Civil Veterinary Dept. North-West Frontier Province 1923-32 - 1923-1932
Year: 1923
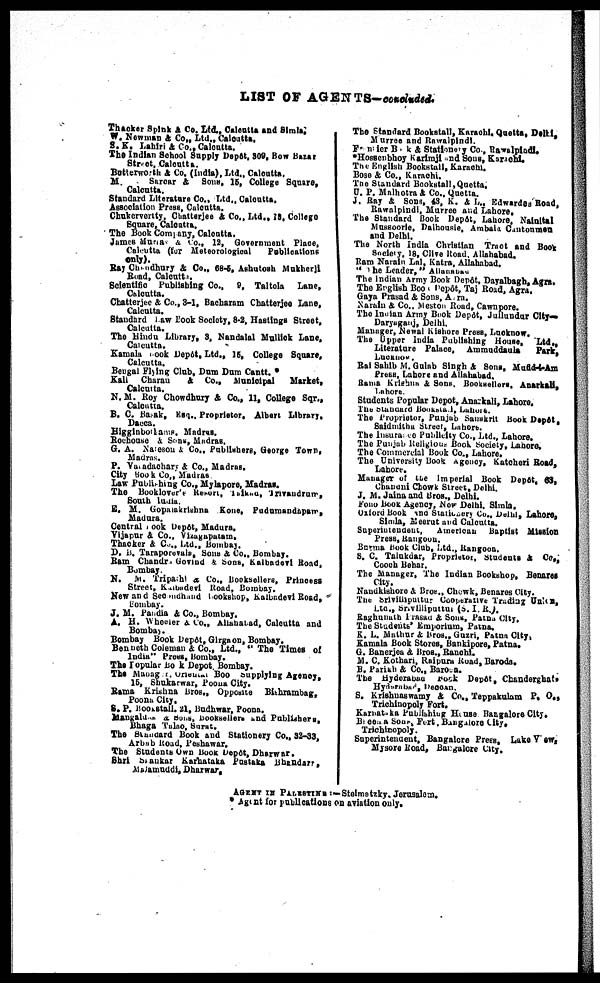
LIST OF AGENTS—concluded.
Thacker Spink & Co. Ltd., Calcutta and Simla,
W. Newman & Co., Ltd., Calcutta.
S. K. Lahiri & Co., Calcutta.
The Indian School Supply Depôt, 309, Bow Bazar
Street, Calcutta.
Butterworth & Co. (India), Ltd., Calcutta.
M.
Saroar & Sons, 15, College Square,
Calcutta.
Standard Literature Co., Ltd., Calcutta.
Association Press, Calcutta.
Chukerverity, Chatterjee & Co., Ltd., 18, College
Square, Calcutta.
The Book Company, Calcutta.
James Maria & Co., 12, Government Place,
Calcutta (for Meteorological
Publications
only).
Ray Chaudhury & Co., 68-5, Ashutosh Mukherji
Road, Calcutta.
Scientific Publishing Co., 9, Taltola Lane,
Calcutta.
Chatterjee & Co., 3-1, Bacharam Chatterjee Lane,
Calcutta.
Standard Law Book Society, 8-2, Hastings Street,
Calcutta.
The Hindu Library, 3, Nandalal Mullick Lane,
Calcutta.
Kamala Book Depôt, Ltd., 15, College Square,
Calcutta.
Bengal Flying Club, Dum Dum Cantt. *
Kali Charan & Co., Municipal
Market,
Calcutta.
N. M. Roy Chowdhury & Co., 11, College Sqr.,
Calcutta.
B. C. Basak, Esq., Proprietor, Albert Library,
Dacca.
Higginborlams, Madras.
Rochouse & Sons, Madras.
G. A. Naresou & Co., Publishers, George Town,
Madras.
P. Varadachary & Co., Madras.
City Book Co., Madras
Law Publishing Co., Mylapore, Madras.
The Booklover's Resort, Taikad, Trivandrum,
South India.
E. M. Gopalakrishna Kone, Pudumandapam,
Madura.
Central Book Depôt, Madura.
Vijapur & Co., Vizagupatam,
Thacker & Co., Ltd., Bombay.
P. B. Taraporevals, Sons & Co., Bombay.
Bam Chandra Govind & Sons, Kalbadevi Road,
Bombay.
N.
M. Tripathi & Co., Booksellers, Princess
Street, Kalbadevi Road, Bombay.
New and Secondhand bookshop, Kalbadevi Road,
Bombay.
J. M. Pandia & Co., Bombay.
A. H. Wheeler & Co., Allahabad, Calcutta and
Bombay.
Bombay Book Depôt, Girgaon, Bombay.
Benneth Coleman & Co., Ltd., "The Times of
India" Press, Bombay.
The popular Book Depot. Bombay.
The Maoag oriental Book supplying Agency,
15, Shukarwar, Poona City.
Rama Krishna Bros., Opposite Bishrambag,
Poona City.
S. P. Bookstall, 21, Budhwar, Poona.
Mangaldas & Sons, Booksellers and Publishers,
Bhaga Tulao, Surat.
The Standard Book and Stationery Co., 32-33,
Arbab Road, Peshawar.
The Students Own Book Depôt, Dharwar.
Shri Shankar Karnataka Pustaka Bhandari,
Malamuddi, Dharwar,
The Standard Bookstall, Karachi, Quetta, Delhi,
Murree and Rawalpindi.
Frontier Book & Stationery Co., Rawalpindi.
*Hossenbhoy Karimji and Sons, Karachi.
The English Bookstall, Karachi.
Bose & Co., Karachi.
The Standard Bookstall, Quetta.
U. P. Malhotra & Co., Quetta.
J. Ray & Sons, 43, K. & L., Edwardes Road,
Rawalpindi, Murree and Lahore.
The Standard Book Depôt, Lahore, Nainital
Mussoorie, Dalhousie, Ambala Cantonmen
and Delhi.
The North India Christian Tract and Book
Society, 18, Clive Road, Allahabad.
Ram Narain Lal, Katra, Allahabad.
"The Leader," Allahabad
The Indian Army Book Depôt, Dayalbagh, Agra.
The English Book Depôt, Taj Road, Agra.
Gaya Prasad & Sons, Agra.
Narain & Co., Meston Road, Cawnpore.
The Indian Army Book Depôt, Jullundur City—
Daryaganj, Delhi.
Manager, Newal Kishore Press, Lucknow.
The Upper India Publishing House, Ltd.,
Literature Palace, Ammuddaula
Park,
Lucknow.
Rai Sahib M. Gulab Singh & Sons, Mufid-i-Am
Press, Lahore and Allahabad.
Rama Krishna & Sons, Booksellers, Anarkali,
Lahore.
Students Popular Depot, Anarkali, Lahore,
The standard Bookstall, Lahore.
The Proprietor, Punjab Sanskrit Book Depôt,
Saidmithu Street, Lahore.
The Insurance Publicity Co., Ltd., Lahore.
The Punjab Religious Book Society, Lahore.
The Commercial Book Co., Lahore.
The University Book Agency, Katcheri Road,
Lahore.
Manager of the imperial Book Depôt, 63,
Chandni Chowk Street, Delhi.
J. M. Jaina and Bros., Delhi.
Fono Book Agency, New Delhi, Simla,
Oxford Book and Stationary Co., Delhi, Lahore,
Simla, Meerut and Calcutta.
Superintendent,
American Baptist Mission
Press, Rangoon.
Burma Book Club, Ltd., Rangoon.
S. C. Talukdar, Proprietor, Students & Co.,
Cooch Behar.
The Manager, The Indian Bookshop, Benares
City.
Nandkishore & Bros., Chowk, Benares City.
The Srivilliputtur Cooperative Trading Union,
Ltd., Srivilliputtur (S. I. R.).
Raghunath Prasad & Sons, Patna City,
The Students' Emporium, Patna.
K. L. Mathur & Bros., Guzri, Patna City,
Kamala Book Stores, Bankipore, Patna,
G. Banerjee & Bros., Ranchi.
M. C. Kothari, Raipura Road, Baroda.
B. Parikh & Co., Baroda.
The Hyderabad Book Depôt, Chaaderghat,
Hyderabad,
Deccan.
S. Krishnaswamy & Co., Teppakulam P. O.,
Trichinopoly Fort,
Karnataka Publishing House Bangalore City.
Breena Sons, Fort, Bangalore City.
Trichinopoly.
Superintendent, Bangalore Press, Lake View,
Mysore Road, Bangalore City.
AGENT IN PALESTINS:—Stelmetzky, Jerusalem.
* Agent for publications on aviation only.